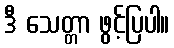
ဒီ သေတ္တာ ဖွင့်ပြပါ။